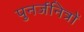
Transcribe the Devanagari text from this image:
पुनर्जनित्रों